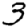
Digit: 3